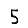
Digit: 5